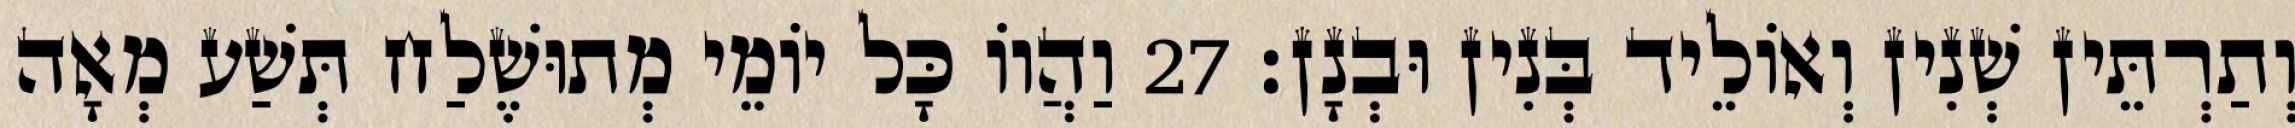
וְתַרְתֵּין שְׁנִין וְאוֹלֵיד בְּנִין וּבְנָן׃ 27 וַהֲווֹ כָּל יוֹמֵי מְתוּשֶׁלַח תְּשַׁע מְאָה